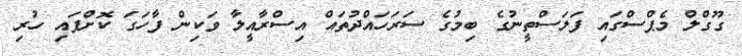
ގޫގްލް މެޕްސްގައި ފަލަސްތީނުގެ ބިމުގެ ސަރަހައްދުތައް އިސްރާއީލާ ވަކިން ފާހަގަ ކޮށްފައި ހުރި